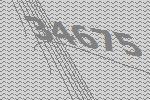
34675